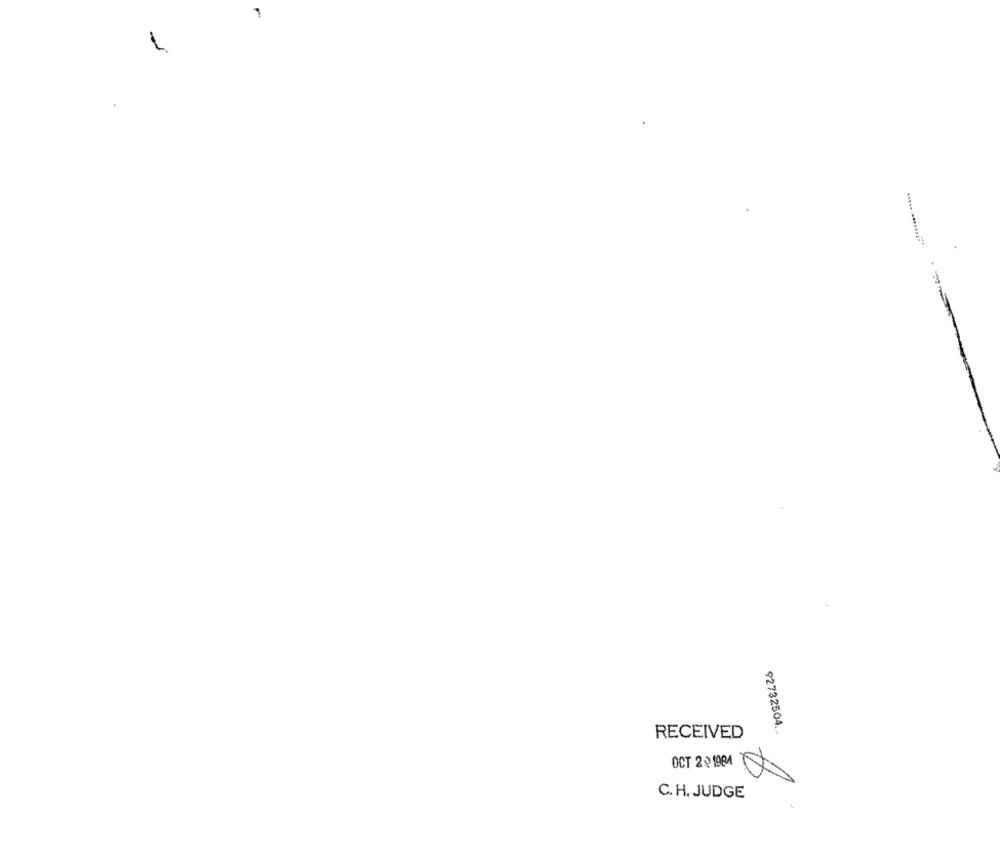
1
92732504.
RECEIVED
OCT 20 1001 00
C. H. JUDGE